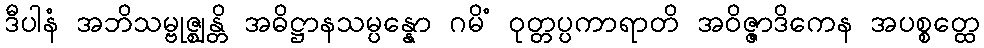
ဒီပါနံ အဘိသမ္ဗုဇ္ဈန္တိ အဓိဋ္ဌာနသမ္ပန္နော ဂမိံ ဝုတ္တပ္ပကာရာတိ အဝိဇ္ဇာဒိကေန အပစ္စတ္ထေ